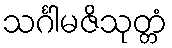
သင်္ဂါမဇိသုတ္တံ